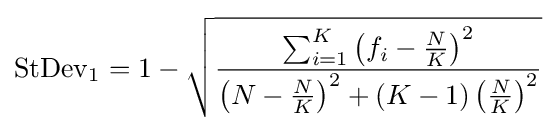
\operatorname {StDev} _{1}=1-{\sqrt {\frac {\sum _{i=1}^{K}\left(f_{i}-{\frac {N}{K}}\right)^{2}}{\left(N-{\frac {N}{K}}\right)^{2}+(K-1)\left({\frac {N}{K}}\right)^{2}}}}